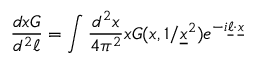
{ \frac { d x G } { d ^ { 2 } \ell } } = \int { \frac { d ^ { 2 } x } { 4 \pi ^ { 2 } } } x G ( x , 1 / { \underline { { x } } } ^ { 2 } ) e ^ { - i { \underline { { \ell } } } \cdot { \underline { { x } } } }